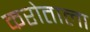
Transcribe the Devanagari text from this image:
करोताला